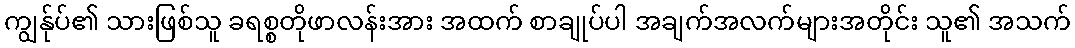
ကျွန်ုပ်၏ သားဖြစ်သူ ခရစ္စတိုဖာလန်းအား အထက် စာချုပ်ပါ အချက်အလက်များအတိုင်း သူ၏ အသက်